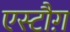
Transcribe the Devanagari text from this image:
एस्टौग़